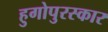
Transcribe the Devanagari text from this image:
हुगोपुरस्कार